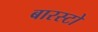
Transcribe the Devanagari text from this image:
बारस्टो